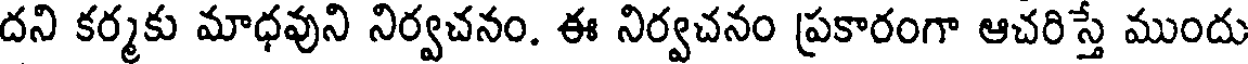
దని కర్మకు మాధవుని నిర్వచనం. ఈ నిర్వచనం ప్రకారంగా ఆచరిస్తే ముందు